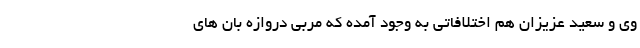
وی و سعید عزیزان هم اختلافاتی به وجود آمده که مربی دروازه بان های